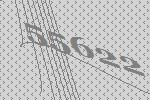
55622